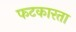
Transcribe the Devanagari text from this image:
फटकारता